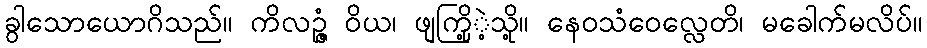
ခွါသောယောဂိသည်။ ကိလဉ္ဇံ ဝိယ၊ ဖျကြို့ဲ့သို့။ နေဝသံဝေလ္လေတိ၊ မခေါက်မလိပ်။